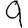
Digit: 9